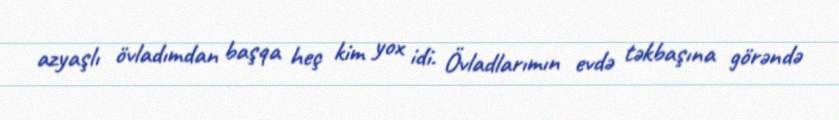
azyaşlı övladımdan başqa heç kim yox idi. Övladlarımın evdə təkbaşına görəndə